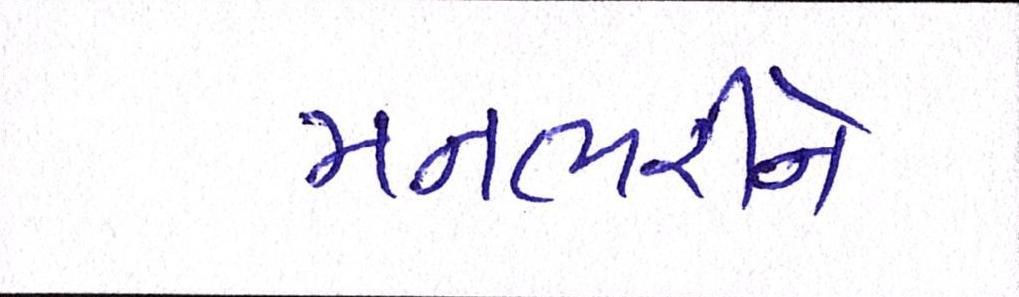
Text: મનભરીને